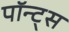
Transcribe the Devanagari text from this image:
पॉन्ट्स